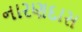
નારણદાસ